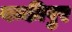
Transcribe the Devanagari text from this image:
बन्कीपुर